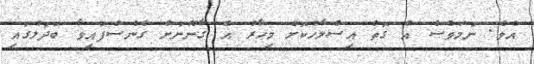
އެވެ. ނަމަވެސް އެ ގޮތް އިސްލާހުކޮށް މިހާރު އެ ގާނޫނަށް ގެނެސްފައިވާ ބަދަލުގައި